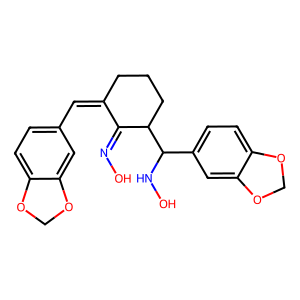
SMILES: ON=C1C(=Cc2ccc3c(c2)OCO3)CCCC1C(NO)c1ccc2c(c1)OCO2
Inhibits HIV replication: No